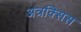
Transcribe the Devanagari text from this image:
अत्रक्सिस